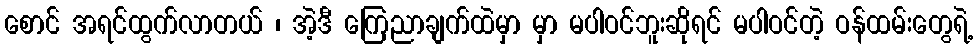
စောင် အရင်ထွက်လာတယ် ၊ အဲ့ဒီ ကြေညာချက်ထဲမှာ မှာ မပါဝင်ဘူးဆိုရင် မပါဝင်တဲ့ ဝန်ထမ်းတွေရဲ့